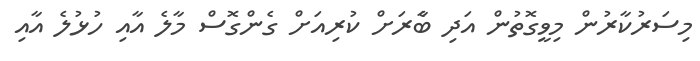
މިސަރުކާރުން މިވީގޮތުން އަދި ބާެރަށް ކުރިއަށް ގެންގޮސް މާލެ އާއި ހުޅުލެ އާއި